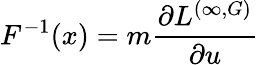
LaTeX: F^{-1}(x)=m\frac{\partial L^{(\infty,G)}}{\partial u}